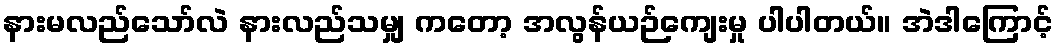
နားမလည်သော်လဲ နားလည်သမျှ ကတော့ အလွန်ယဉ်ကျေးမှု ပါပါတယ်။ အဲဒါကြောင့်